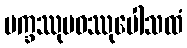
ပက္ခဿုပဝဿုပေါသထံ